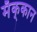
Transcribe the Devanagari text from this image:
मॅक्‌कान